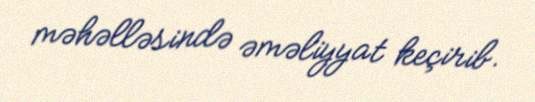
məhəlləsində əməliyyat keçirib.